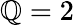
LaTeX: \mathbb{Q}=2